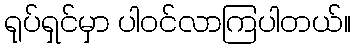
ရုပ်ရှင်မှာ ပါဝင်လာကြပါတယ်။